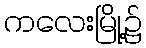
ကလေးမြို့၌